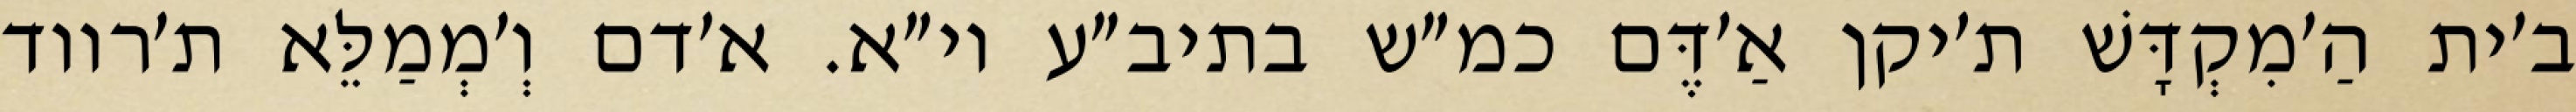
ב׳ית הַ׳מִקְדָּשׁ ת׳יקן אַ׳דֶּם כמ״ש בתיב״ע וי״א. א׳דם וְ׳מְמַלֵּא ת׳רווד